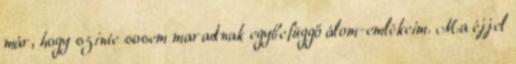
már, hogy szinte sosem maradnak egybefüggő álom-emlékeim. Ma éjjel